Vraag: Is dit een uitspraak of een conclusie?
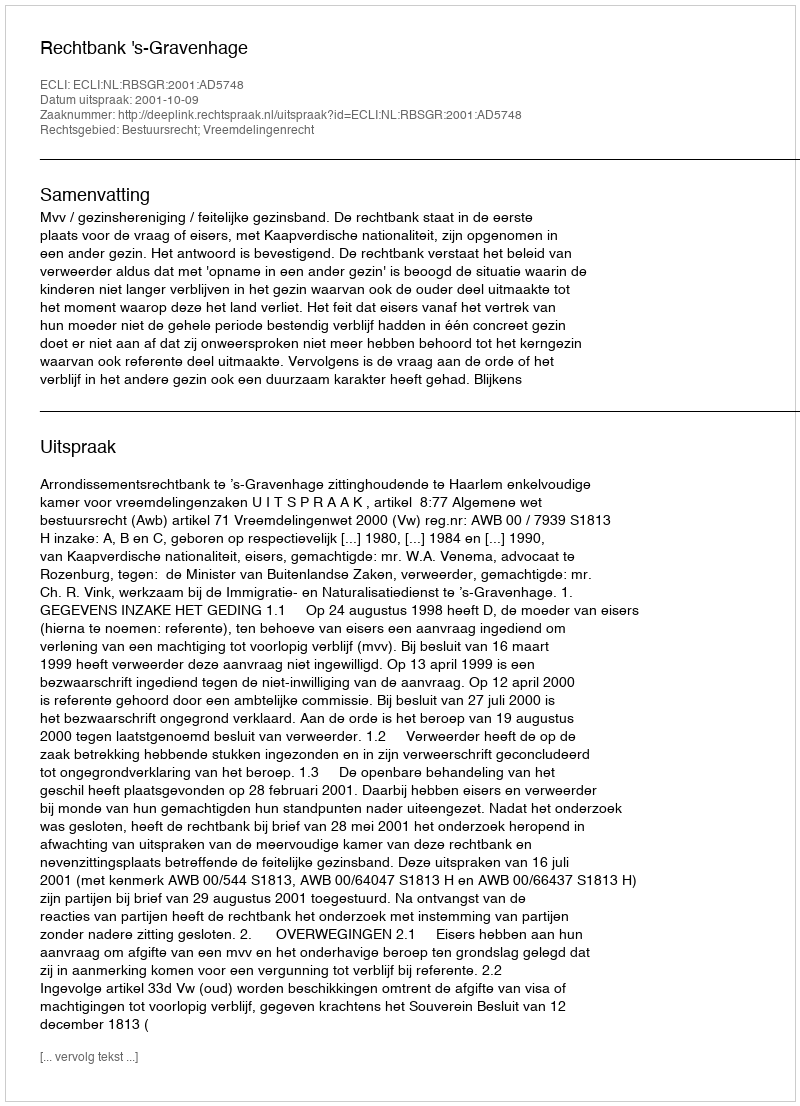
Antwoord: Uitspraak